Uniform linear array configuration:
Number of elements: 24
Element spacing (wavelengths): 0.5
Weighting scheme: binomial
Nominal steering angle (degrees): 30
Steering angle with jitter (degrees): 31.029
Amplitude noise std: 0.05
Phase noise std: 0.05

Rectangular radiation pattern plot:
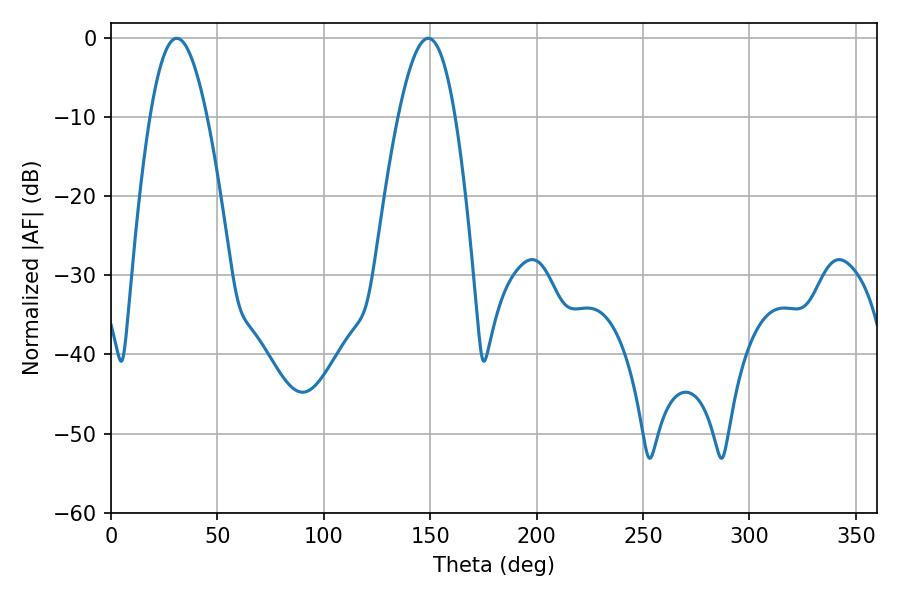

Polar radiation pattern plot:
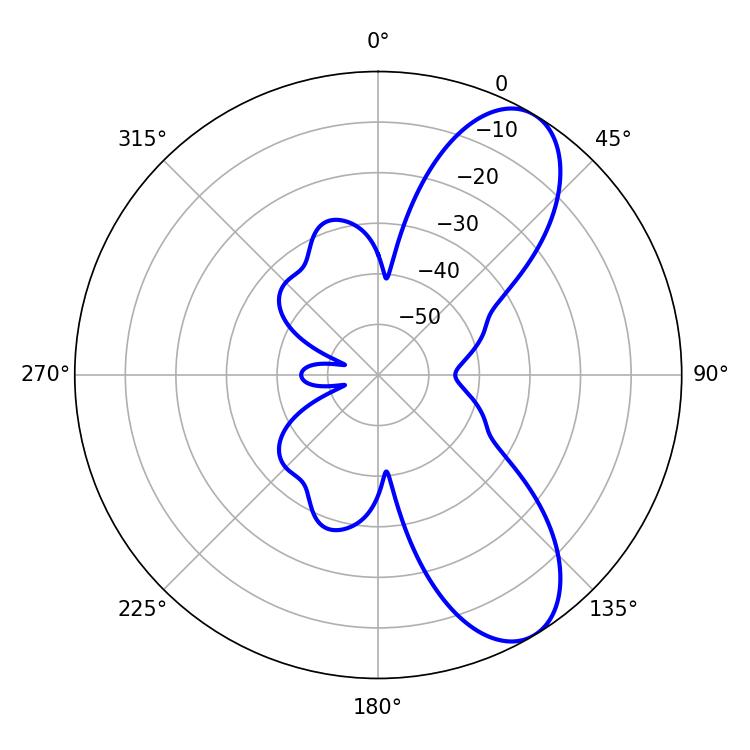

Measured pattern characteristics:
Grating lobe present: FALSE
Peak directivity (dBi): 8.48
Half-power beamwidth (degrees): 14.58
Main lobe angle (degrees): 30.96